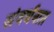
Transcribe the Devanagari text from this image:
संवर्धनात